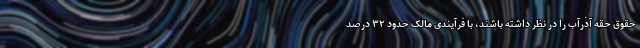
حقوق حقه آذرآب را در نظر داشته باشند، با فرآیندی مالک حدود ۳۲ درصد